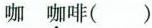
咖 咖啡( )